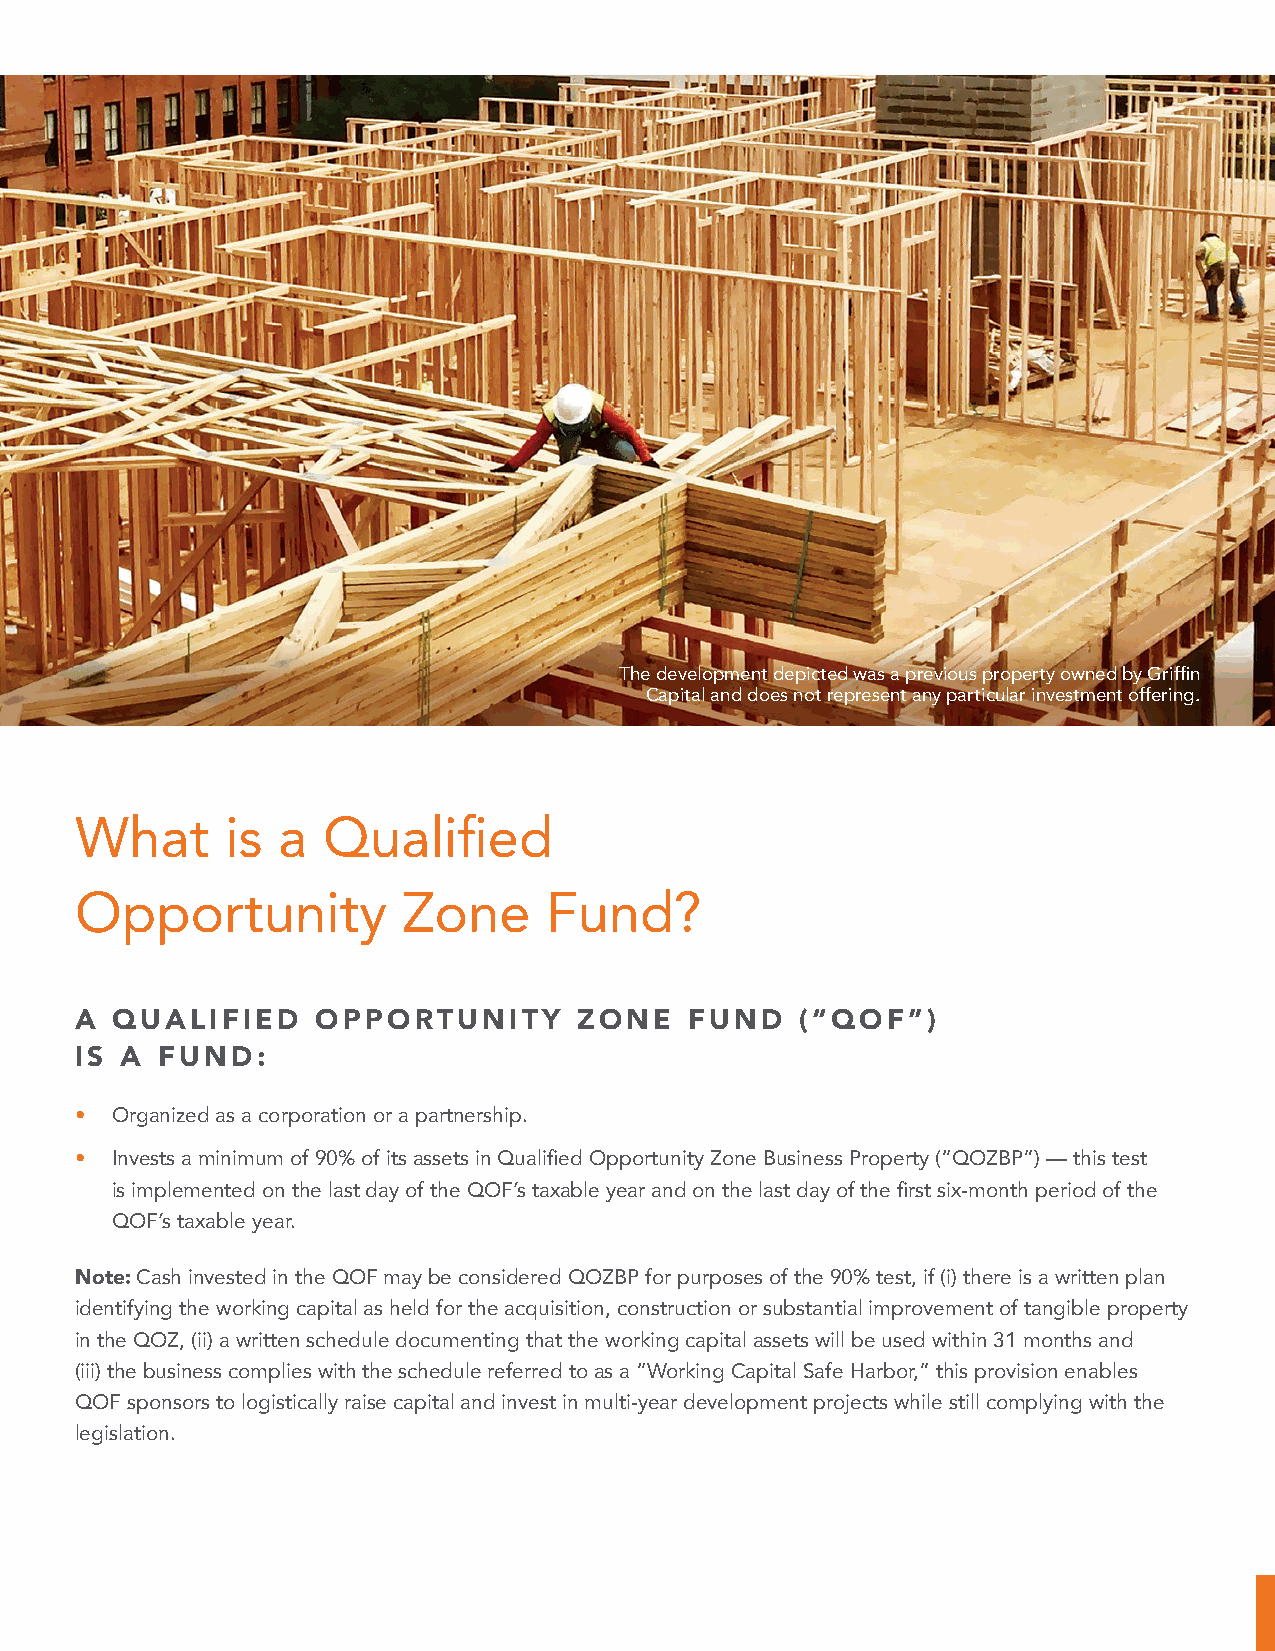
The development depicted was a previous property owned by Griffin
 Capital and does not represent any particular investment offering.
 What      is a  Qualified
 Opportunity           Zone     Fund?
 A QUALIFIED     OPPORTUNITY      ZONE    FUND   (“QOF”)
 IS A FUND:
 • Organized as a corporation or a partnership.
 • Invests a minimum of 90% of its assets in Qualified Opportunity Zone Business Property (“QOZBP”) — this test
 is implemented on the last day of the QOF’s taxable year and on the last day of the first six-month period of the
 QOF’s taxable year.
 Note: Cash invested in the QOF may be considered QOZBP for purposes of the 90% test, if (i) there is a written plan
 identifying the working capital as held for the acquisition, construction or substantial improvement of tangible property
 in the QOZ, (ii) a written schedule documenting that the working capital assets will be used within 31 months and
 (iii) the business complies with the schedule referred to as a “Working Capital Safe Harbor,” this provision enables
 QOF sponsors to logistically raise capital and invest in multi-year development projects while still complying with the
 legislation.